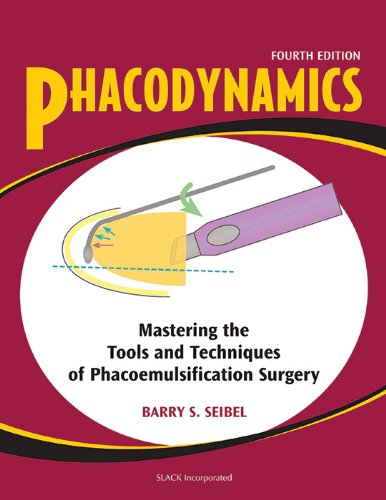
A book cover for Phacodynamics: Mastering the Tools and Techniques of Phacoemulsification Surgery; Barry S. Seibel MD; Medical Books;